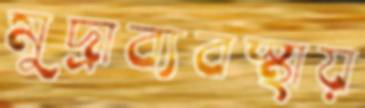
মুদ্রাব্যবস্থায়